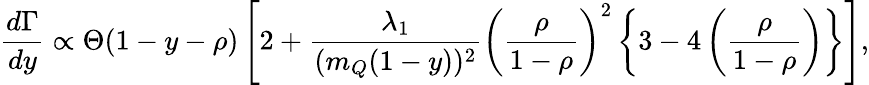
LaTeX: \frac{d\Gamma}{dy}\propto\Theta(1-y-\rho)\left[2+\frac{\lambda_{1}}{(m_{Q}(1-y))^{2}}\left(\frac{\rho}{1-\rho}\right)^{2}\left\{ 3-4\left(\frac{\rho}{1-\rho}\right)\right\} \right],